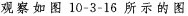
观察如图10-3-16所示的图